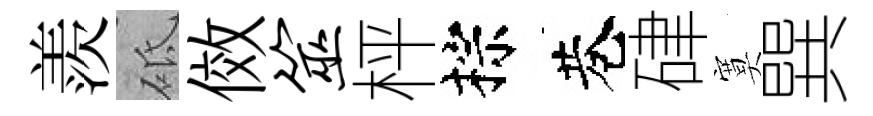
羨砥傚筮枰棕巷硉寞巽